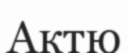
Актю